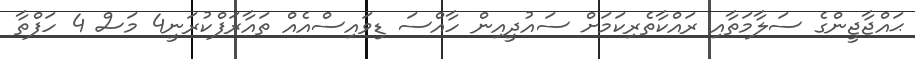
ޙައްޖާޖީންގެ ސަލާމަތާއި ރައްކާތެރިކަމަށް ސައުދީއިން ހާއްސަ ޑިވައިސްއެއް ތައާރަފްކުރަނީ4 މަސް 4 ހަފްތާ